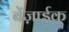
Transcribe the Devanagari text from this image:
बेंज़ाईक